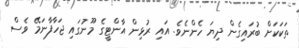
ތަކަަކަށް ބުރައިގެން ދިޔަ ހެންނެވެ. އައި ރުޅިން އާންޓީގެ މޫނުގައި ޖަހާފާނަމޭ ވެސް